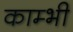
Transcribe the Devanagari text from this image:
काम्भी